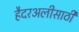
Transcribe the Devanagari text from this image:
हैदरअलीसाठी